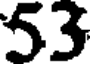
53